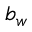
b _ { w }